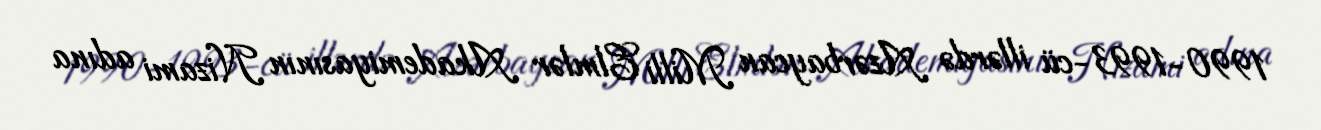
1990-1993-cü illərdə Azərbaycan Milli Elmlər Akademiyasının Nizami adına